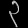
Digit: ၃